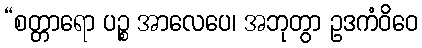
“စတ္တာရော ပဉ္စ အာလေပေ၊ အဘုတွာ ဥဒကံဝိဝေ